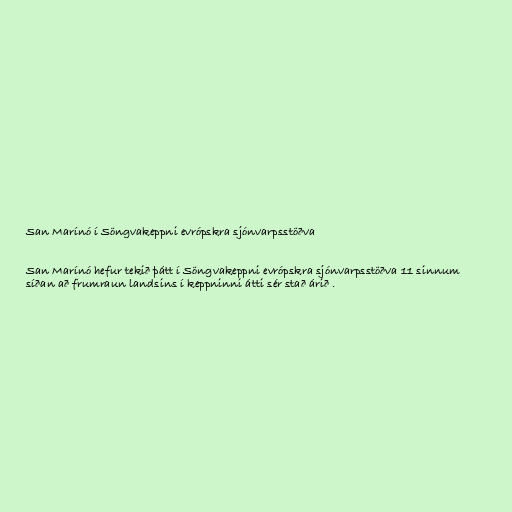
San Marínó í Söngvakeppni evrópskra sjónvarpsstöðva

San Marínó hefur tekið þátt í Söngvakeppni evrópskra sjónvarpsstöðva 11 sinnum
síðan að frumraun landsins í keppninni átti sér stað árið .